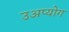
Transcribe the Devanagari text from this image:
उअप्योग